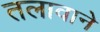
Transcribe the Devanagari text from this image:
तलावाने